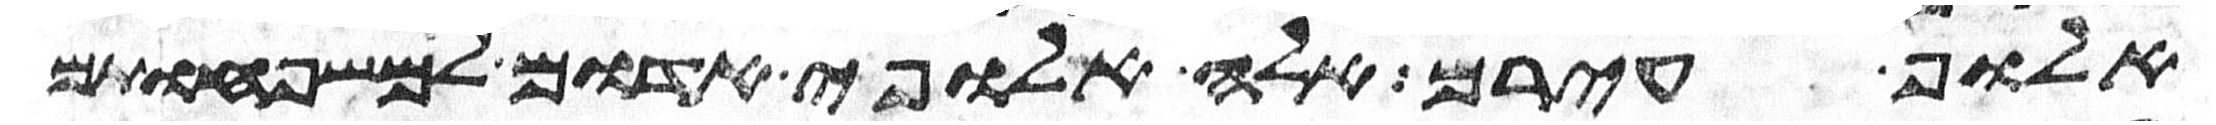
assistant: אלוף עירם אלה אלופי אדום למשפחותם